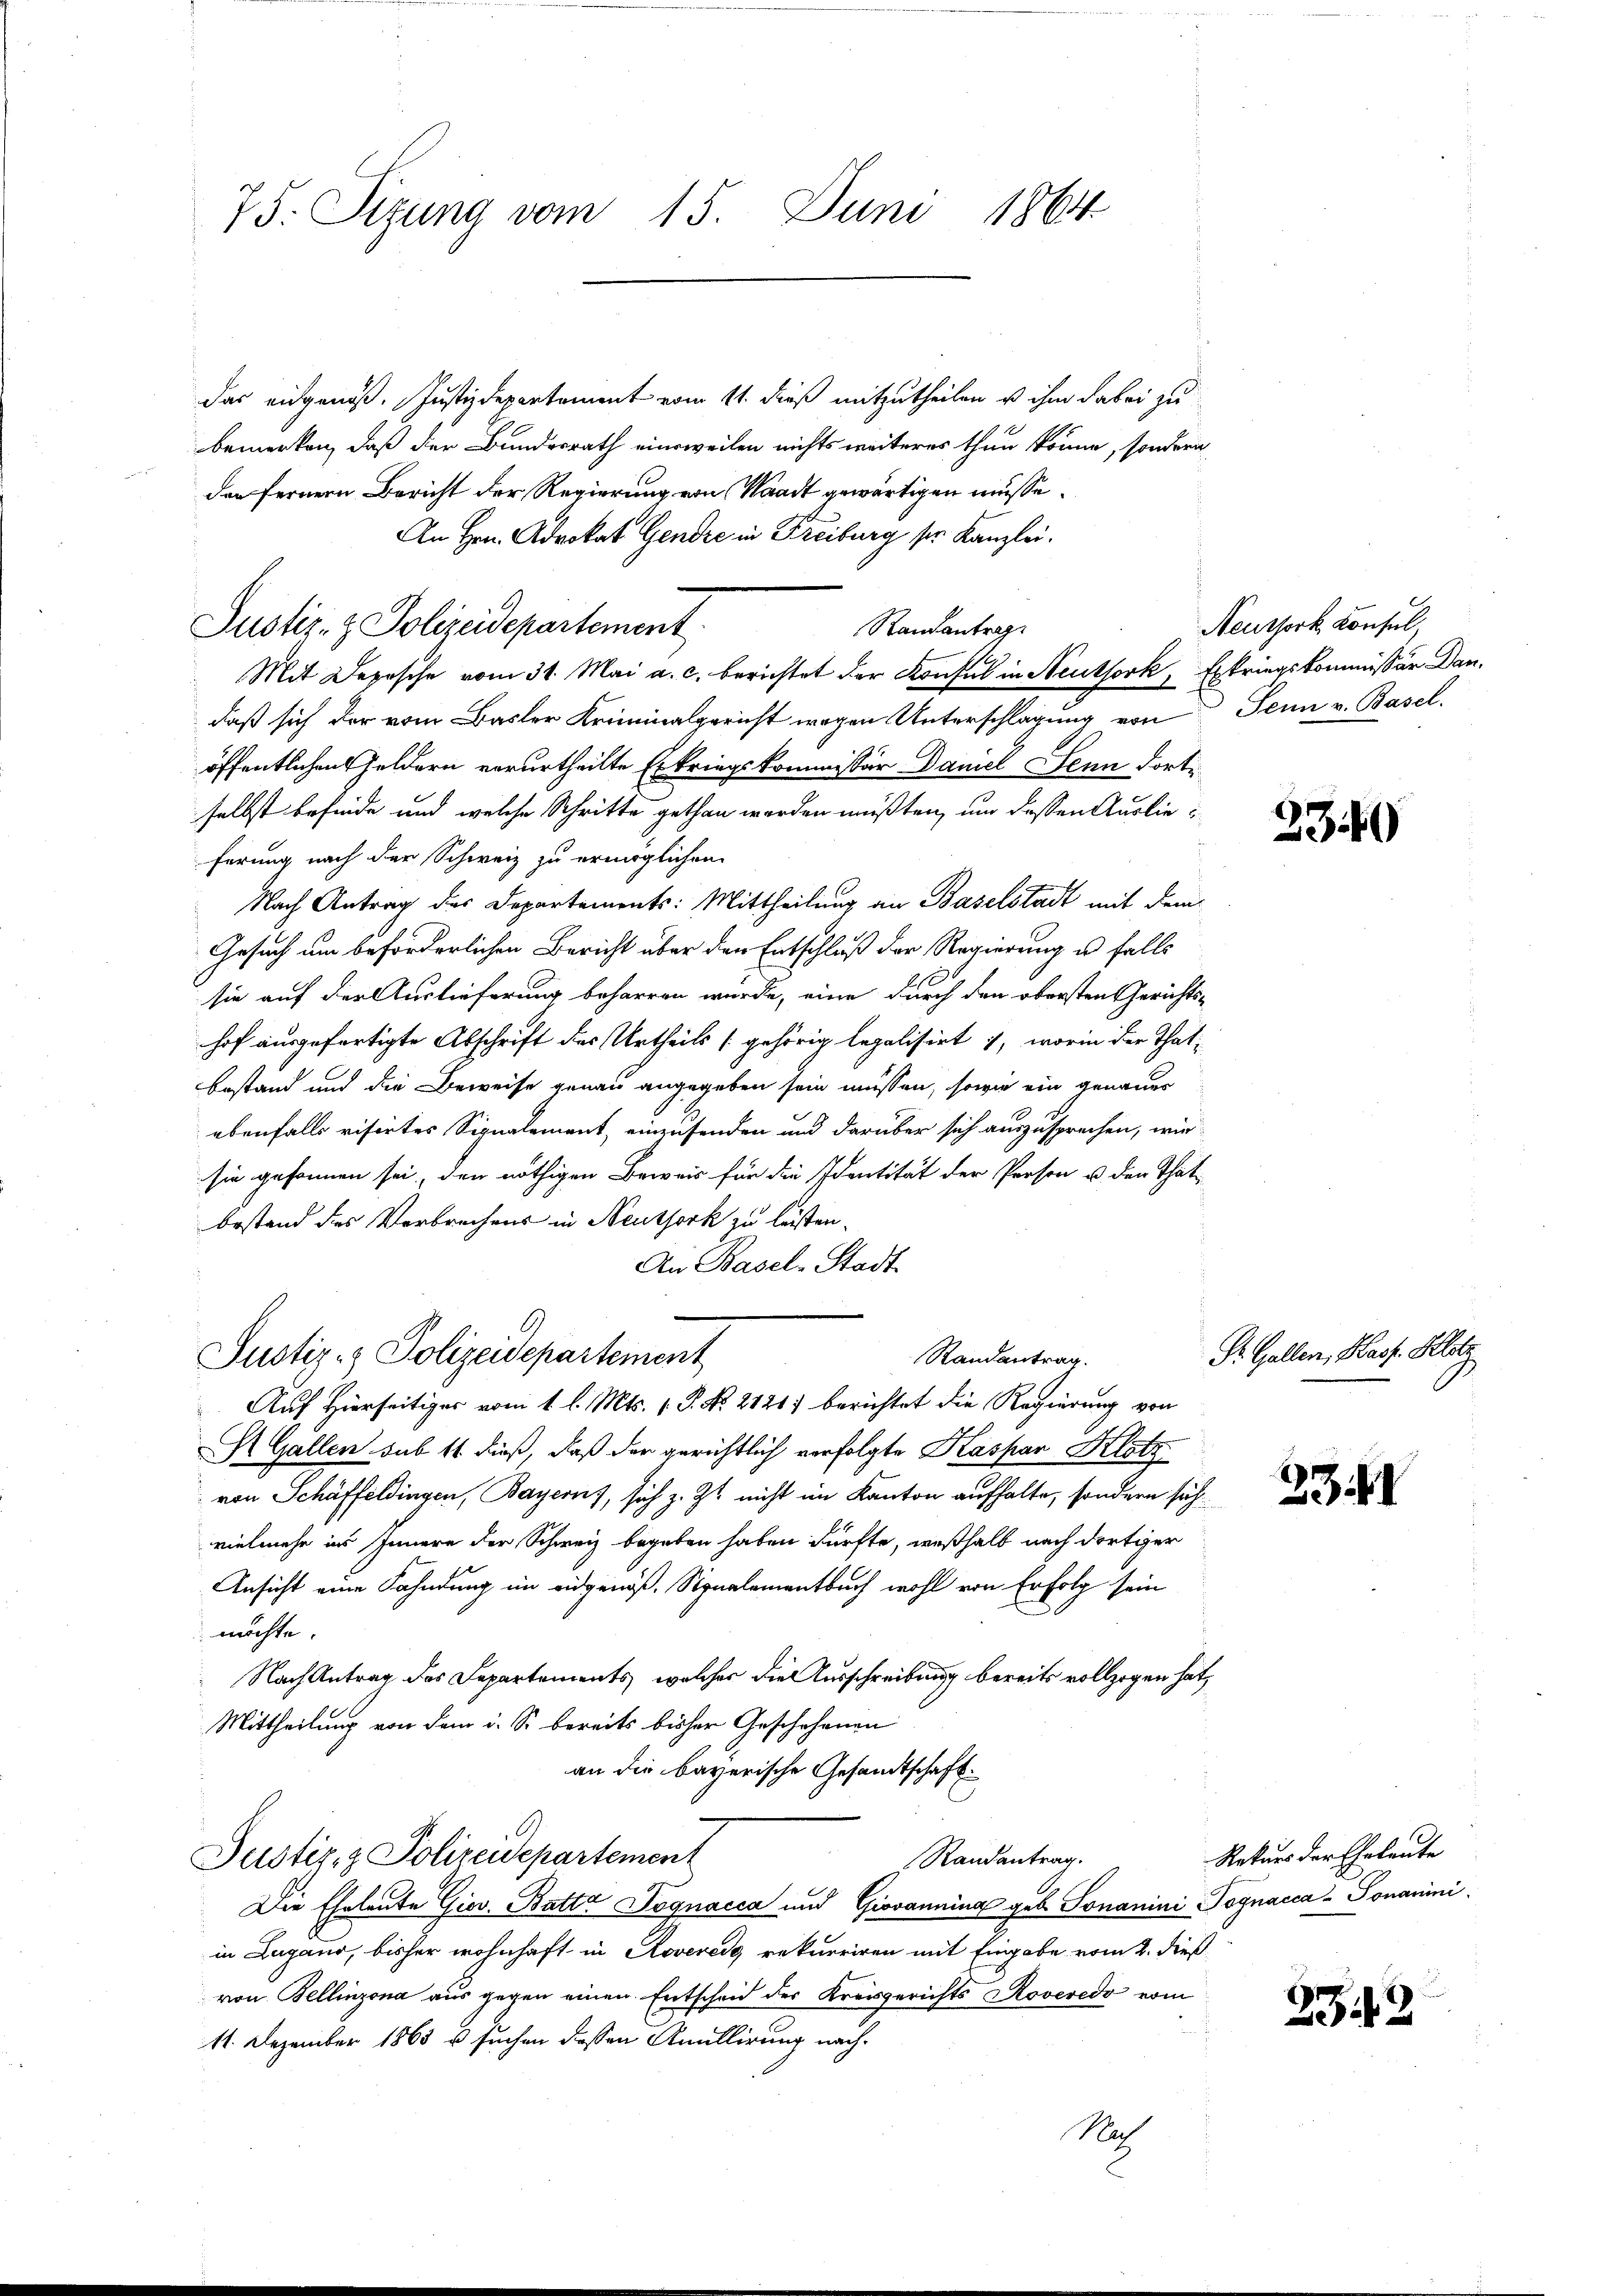
75: Sizung vom 15. Juni 1864

das eidgenöß. Justizdepartement vom 11. dieß mitzutheilen u ihm dabei zu
bemerken, daß der Bundesrath einweilen nichts weiteres thun könne, sondern
den fernern Bericht der Regierung von Waadt gewärtigen müsse.
An Hrn. Advokat Gendre in Freiburg sr. Kanzlei.
Randantrag.
Mit Deposche vom 31. Mai a. c. berichtet der Konsul in Neuthork, Exkriegskommissär Dandaß sich der vom Basler Kriminalgericht wegen Unterschlagung von Senn v. Basel
öffentlichen Geldern verurtheilte Erkriegskommissär Daniel Senn fortselbst befinde und welche Schritte gethan worden müßten, um dessen Auslieferung nach der Schweiz zu ermöglichen
Nach Antrag des Departements: Mittheilung an Baselstadt mit dem
Gesuch um beförderlichen Bericht über den Entschluß der Regierung u. falls
sie auf der Auslieferung beharren wurde, eine durch den obersten Gerichts-
hof ausgefertigte Abschrift des Urtheils [gehörig legalisirt , worin der That-
Bestand und die Beweise genau angegeben sein müssen, sowie ein genauer
ebenfalls visirtes Signalement, einzusenden und darüber sich auszusprechen, wie
sie gesonnen sei, den nöthigen Beweis für die Identität der Person u. den That-
bestand des Verbrechens in Neuthork zu leisten.
An Basel-Stadt-
Justiz- & Polizeidepartement
Randantrag.
Auf Hierseitiger vom 1 l. Mts. 1. P. No. 2121 berichtet die Regierung von
St. Gallen sub 11 dieß, daß der gerichtlich verfolgte Kaspar Klotz
von Schäffeldingen, Bayern), sich z. Zt. nicht im Kanton aufhalte, sondern sich
vielmehr ins Innere der Schweiz begeben haben dürfte, weßhalb nach dortiger
Ansicht eine Fahndung im eidgenöß. Signalementbuch wohl von Erfolg sein
möchte.
Nach Antrag des Separtements, welcher die Ausschreibung bereits vollzogen hat,
Mittheilung von dem i. So bereits bisher Geschehenen
an die bayerische Gesandtschaft
Justiz- & Polizeidepartement
Randantrag.
Die Eheleute Giev. Batta Jognacca und Giovanning geb. Sonanini Pognacca-Ponanini.
in Lugano, bisher wohnhaft in Rovereig rekurriren mit Eingabe vom 2. dieß
von Bellinzona aus gegen einen Entscheid der Kreisgerichts Roveredo vom
11. Dezember 1863 u. suchen dessen Anullirung nach¬
Mach

Justiz- & Polizeidepartement

Neuthork Konsul,

334

Dr. Gallen, Pass. Klotz

33.

Rekurs der Eheleute

2543